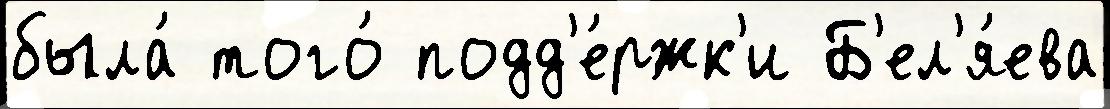
была́ того́ подд'е́ржк'и Б'ел'я́ева